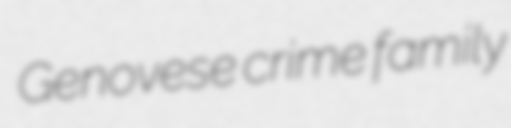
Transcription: Genovese crime family